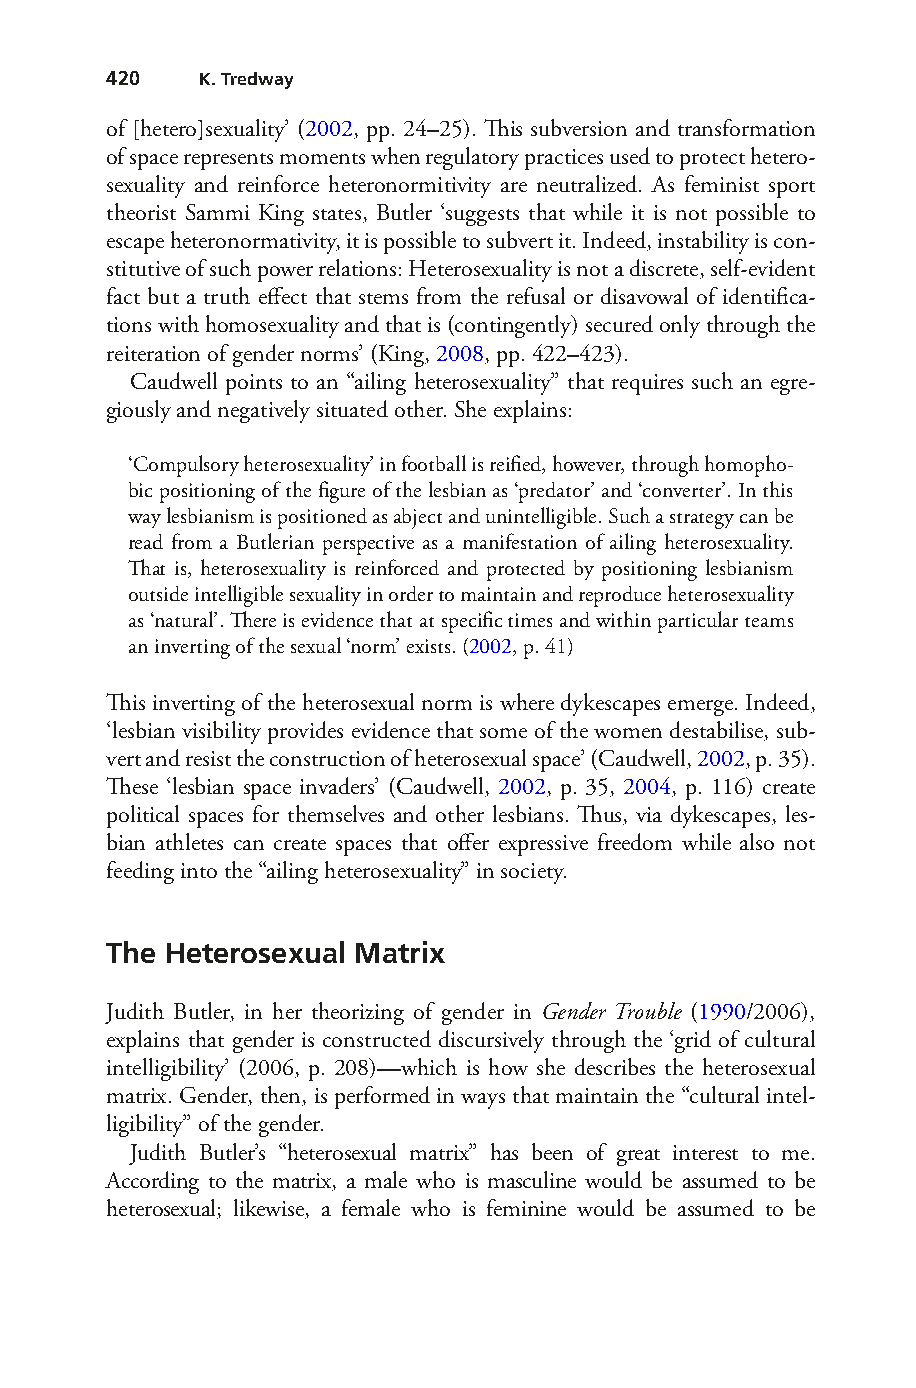
420   K. Tredway
 of [hetero]sexuality’ (2002, pp. 24–25). This subversion and transformation
 of space represents moments when regulatory practices used to protect hetero-
 sexuality and reinforce heteronormitivity are neutralized. As feminist sport
 theorist Sammi King states, Butler ‘suggests that while it is not possible to
 escape heteronormativity, it is possible to subvert it. Indeed, instability is con-
 stitutive of such power relations: Heterosexuality is not a discrete, self-evident
 fact but a truth effect that stems from the refusal or disavowal of identifica-
 tions with homosexuality and that is (contingently) secured only through the
 reiteration of gender norms’ (King, 2008, pp. 422–423).
 Caudwell points to an “ailing heterosexuality” that requires such an egre-
 giously and negatively situated other. She explains:
 ‘Compulsory heterosexuality’ in football is reified, however, through homopho-
 bic positioning of the figure of the lesbian as ‘predator’ and ‘converter’. In this
 way lesbianism is positioned as abject and unintelligible. Such a strategy can be
 read from a Butlerian perspective as a manifestation of ailing heterosexuality.
 That is, heterosexuality is reinforced and protected by positioning lesbianism
 outside intelligible sexuality in order to maintain and reproduce heterosexuality
 as ‘natural’. There is evidence that at specific times and within particular teams
 an inverting of the sexual ‘norm’ exists. (2002, p. 41)
 This inverting of the heterosexual norm is where dykescapes emerge. Indeed,
 ‘lesbian visibility provides evidence that some of the women destabilise, sub-
 vert and resist the construction of heterosexual space’ (Caudwell, 2002, p. 35).
 These ‘lesbian space invaders’ (Caudwell, 2002, p. 35, 2004, p. 116) create
 political spaces for themselves and other lesbians. Thus, via dykescapes, les-
 bian athletes can create spaces that offer expressive freedom while also not
 feeding into the “ailing heterosexuality” in society.
 The Heterosexual Matrix
 Judith Butler, in her theorizing of gender in Gender Trouble (1990/2006),
 explains that gender is constructed discursively through the ‘grid of cultural
 intelligibility’ (2006, p. 208)—which is how she describes the heterosexual
 matrix. Gender, then, is performed in ways that maintain the “cultural intel-
 ligibility” of the gender.
 Judith Butler’s “heterosexual matrix” has been of great interest to me.
 According to the matrix, a male who is masculine would be assumed to be
 heterosexual; likewise, a female who is feminine would be assumed to be